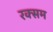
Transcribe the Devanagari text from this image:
रक्सम